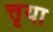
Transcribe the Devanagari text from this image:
त्तृया